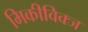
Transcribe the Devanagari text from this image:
मिकीविक्ज